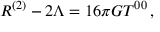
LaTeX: R ^ { ( 2 ) } - 2 \Lambda = 1 6 \pi G T ^ { 0 0 } \, ,